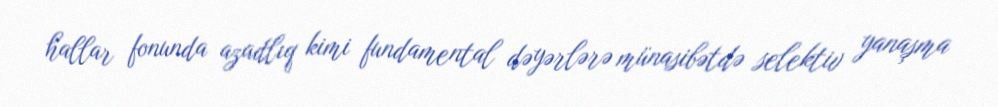
hallar fonunda azadlıq kimi fundamental dəyərlərə münasibətdə selektiv yanaşma